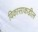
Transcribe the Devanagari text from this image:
विकासाकडील